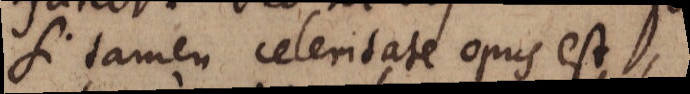
Si tamen celeritate opus est,